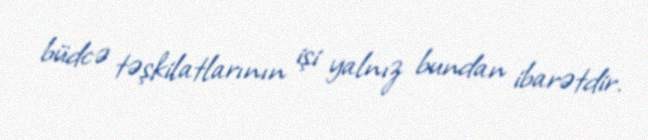
büdcə təşkilatlarının işi yalnız bundan ibarətdir.